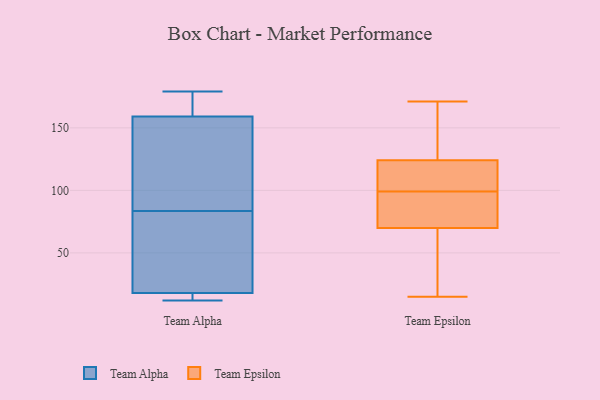
{"axis": {"x": "Tickets Resolved", "y": "Value"}, "legend": ["Team Alpha", "Team Epsilon"], "data": [{"x": "", "y": 179, "type": "Team Alpha"}, {"x": "", "y": 130, "type": "Team Alpha"}, {"x": "", "y": 159, "type": "Team Alpha"}, {"x": "", "y": 13, "type": "Team Alpha"}, {"x": "", "y": 137, "type": "Team Alpha"}, {"x": "", "y": 31, "type": "Team Alpha"}, {"x": "", "y": 18, "type": "Team Alpha"}, {"x": "", "y": 12, "type": "Team Alpha"}, {"x": "", "y": 174, "type": "Team Alpha"}, {"x": "", "y": 37, "type": "Team Alpha"}, {"x": "", "y": 128, "type": "Team Epsilon"}, {"x": "", "y": 107, "type": "Team Epsilon"}, {"x": "", "y": 79, "type": "Team Epsilon"}, {"x": "", "y": 131, "type": "Team Epsilon"}, {"x": "", "y": 83, "type": "Team Epsilon"}, {"x": "", "y": 120, "type": "Team Epsilon"}, {"x": "", "y": 113, "type": "Team Epsilon"}, {"x": "", "y": 171, "type": "Team Epsilon"}, {"x": "", "y": 107, "type": "Team Epsilon"}, {"x": "", "y": 15, "type": "Team Epsilon"}, {"x": "", "y": 33, "type": "Team Epsilon"}, {"x": "", "y": 65, "type": "Team Epsilon"}, {"x": "", "y": 42, "type": "Team Epsilon"}, {"x": "", "y": 91, "type": "Team Epsilon"}, {"x": "", "y": 166, "type": "Team Epsilon"}, {"x": "", "y": 75, "type": "Team Epsilon"}]}